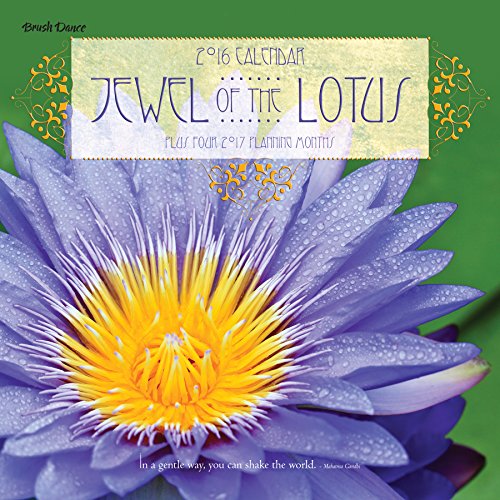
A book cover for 2016 Jewel of the Lotus Wall Calendar; Brush Dance; Calendars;